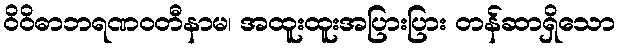
ဝိဝိဓာဘရဏဝတီနာမ၊ အထူးထူးအပြားပြား တန်ဆာရှိသော